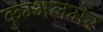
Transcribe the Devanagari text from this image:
कुम्भलमेर